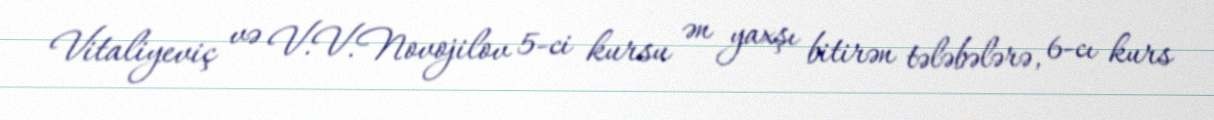
Vitaliyeviç və V.V.Novojilov 5-ci kursu ən yaxşı bitirən tələbələrə, 6-cı kurs